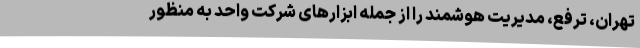
تهران، ترفع، مدیریت هوشمند را از جمله ابزارهای شرکت واحد به منظور